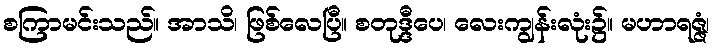
စကြာမင်းသည်။ အာသိ၊ ဖြစ်လေပြီ။ စတုဒ္ဒီပေ၊ လေးကျွန်းလုံး၌။ မဟာရဇ္ဇံ၊